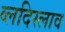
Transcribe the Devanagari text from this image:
व्लदिस्लाव